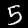
Digit: 5